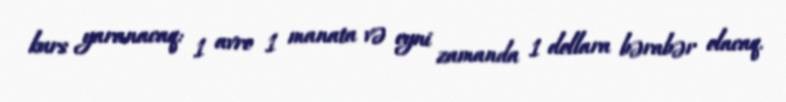
kurs yaranacaq: 1 avro 1 manata və eyni zamanda 1 dollara bərabər olacaq.